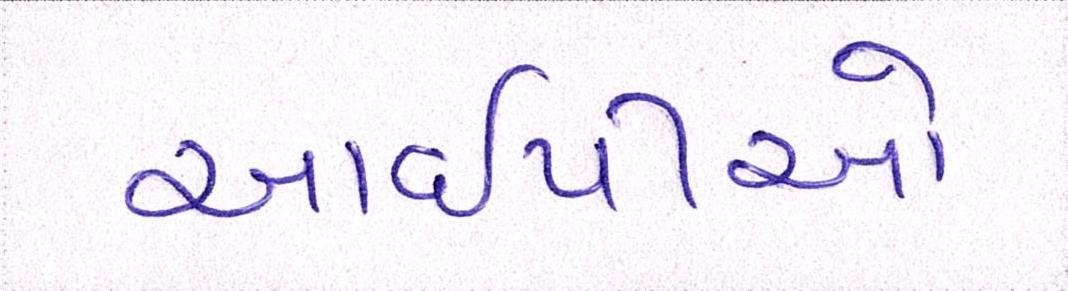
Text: આઈપીઓ